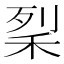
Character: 𥞥